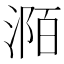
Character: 𣶊